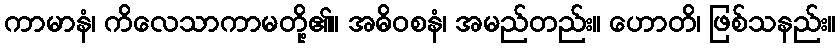
ကာမာနံ၊ ကိလေသာကာမတို့၏။ အဓိဝစနံ၊ အမည်တည်း။ ဟောတိ၊ ဖြစ်သနည်း။